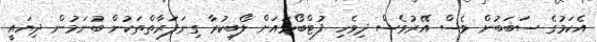
އެކަމުގެ ސަބަބުން ވެސް އޭރުވެސް ދިވެހި ފުޓްބޯޅައަށް ލޯބިކުރާ ގިނަފަރާތްތަކުން ބުނަމުން ދިޔައީ